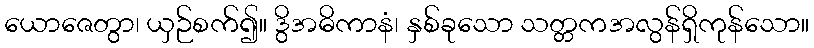
ယောဇေတွာ၊ ယှဉ်စက်၍။ ဒွိအဓိကာနံ၊ နှစ်ခုသော သတ္တကအလွန်ရှိကုန်သော။